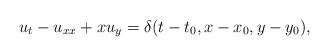
LaTeX: \begin{align*}u_t-u_{xx}+xu_y = \delta(t-t_0,x-x_0,y-y_0),\end{align*}